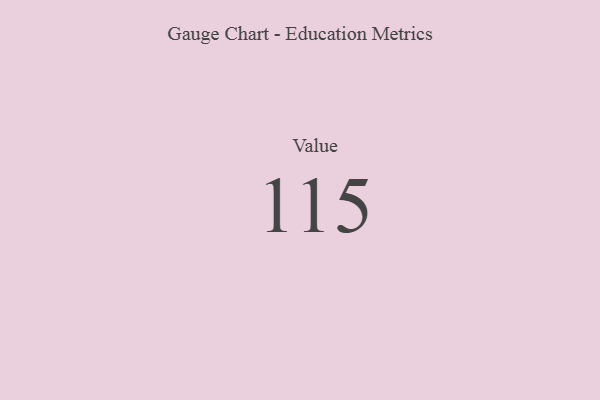
{"axis": {"x": "Metric", "y": "Value"}, "legend": [""], "data": [{"x": "Value", "y": 115, "type": ""}]}